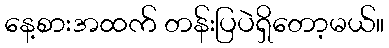
နေ့စားအထက် တန်းပြပဲရှိတော့မယ်။